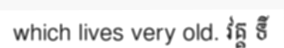
which lives very old. វគ្គ ទី